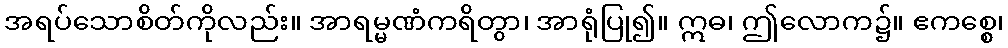
အရပ်သောစိတ်ကိုလည်း။ အာရမ္မဏံကရိတွာ၊ အာရုံပြု၍။ ဣဓ၊ ဤလောက၌။ ဧကစ္စေ၊